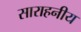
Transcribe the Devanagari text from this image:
साराहनीय